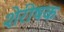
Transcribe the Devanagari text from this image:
शेरीषक